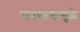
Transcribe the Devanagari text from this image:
राबवल्यामुळे